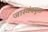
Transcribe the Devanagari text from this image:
जास्वंदयुक्त